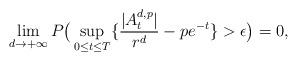
LaTeX: \begin{align*}\lim\limits_{d\rightarrow+\infty}P\big(\sup_{0\leq t\leq T}\{\frac{|A_t^{d,p}|}{r^d}-pe^{-t}\}>\epsilon\big)=0,\end{align*}